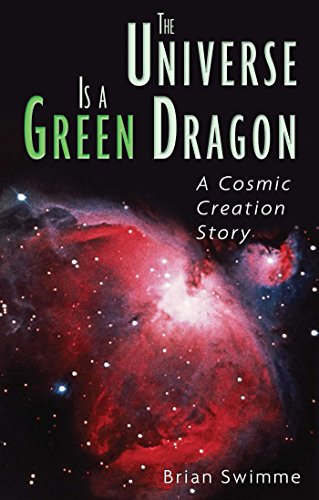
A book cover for The Universe Is a Green Dragon: A Cosmic Creation Story; Brian Swimme Ph.D.; Religion & Spirituality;